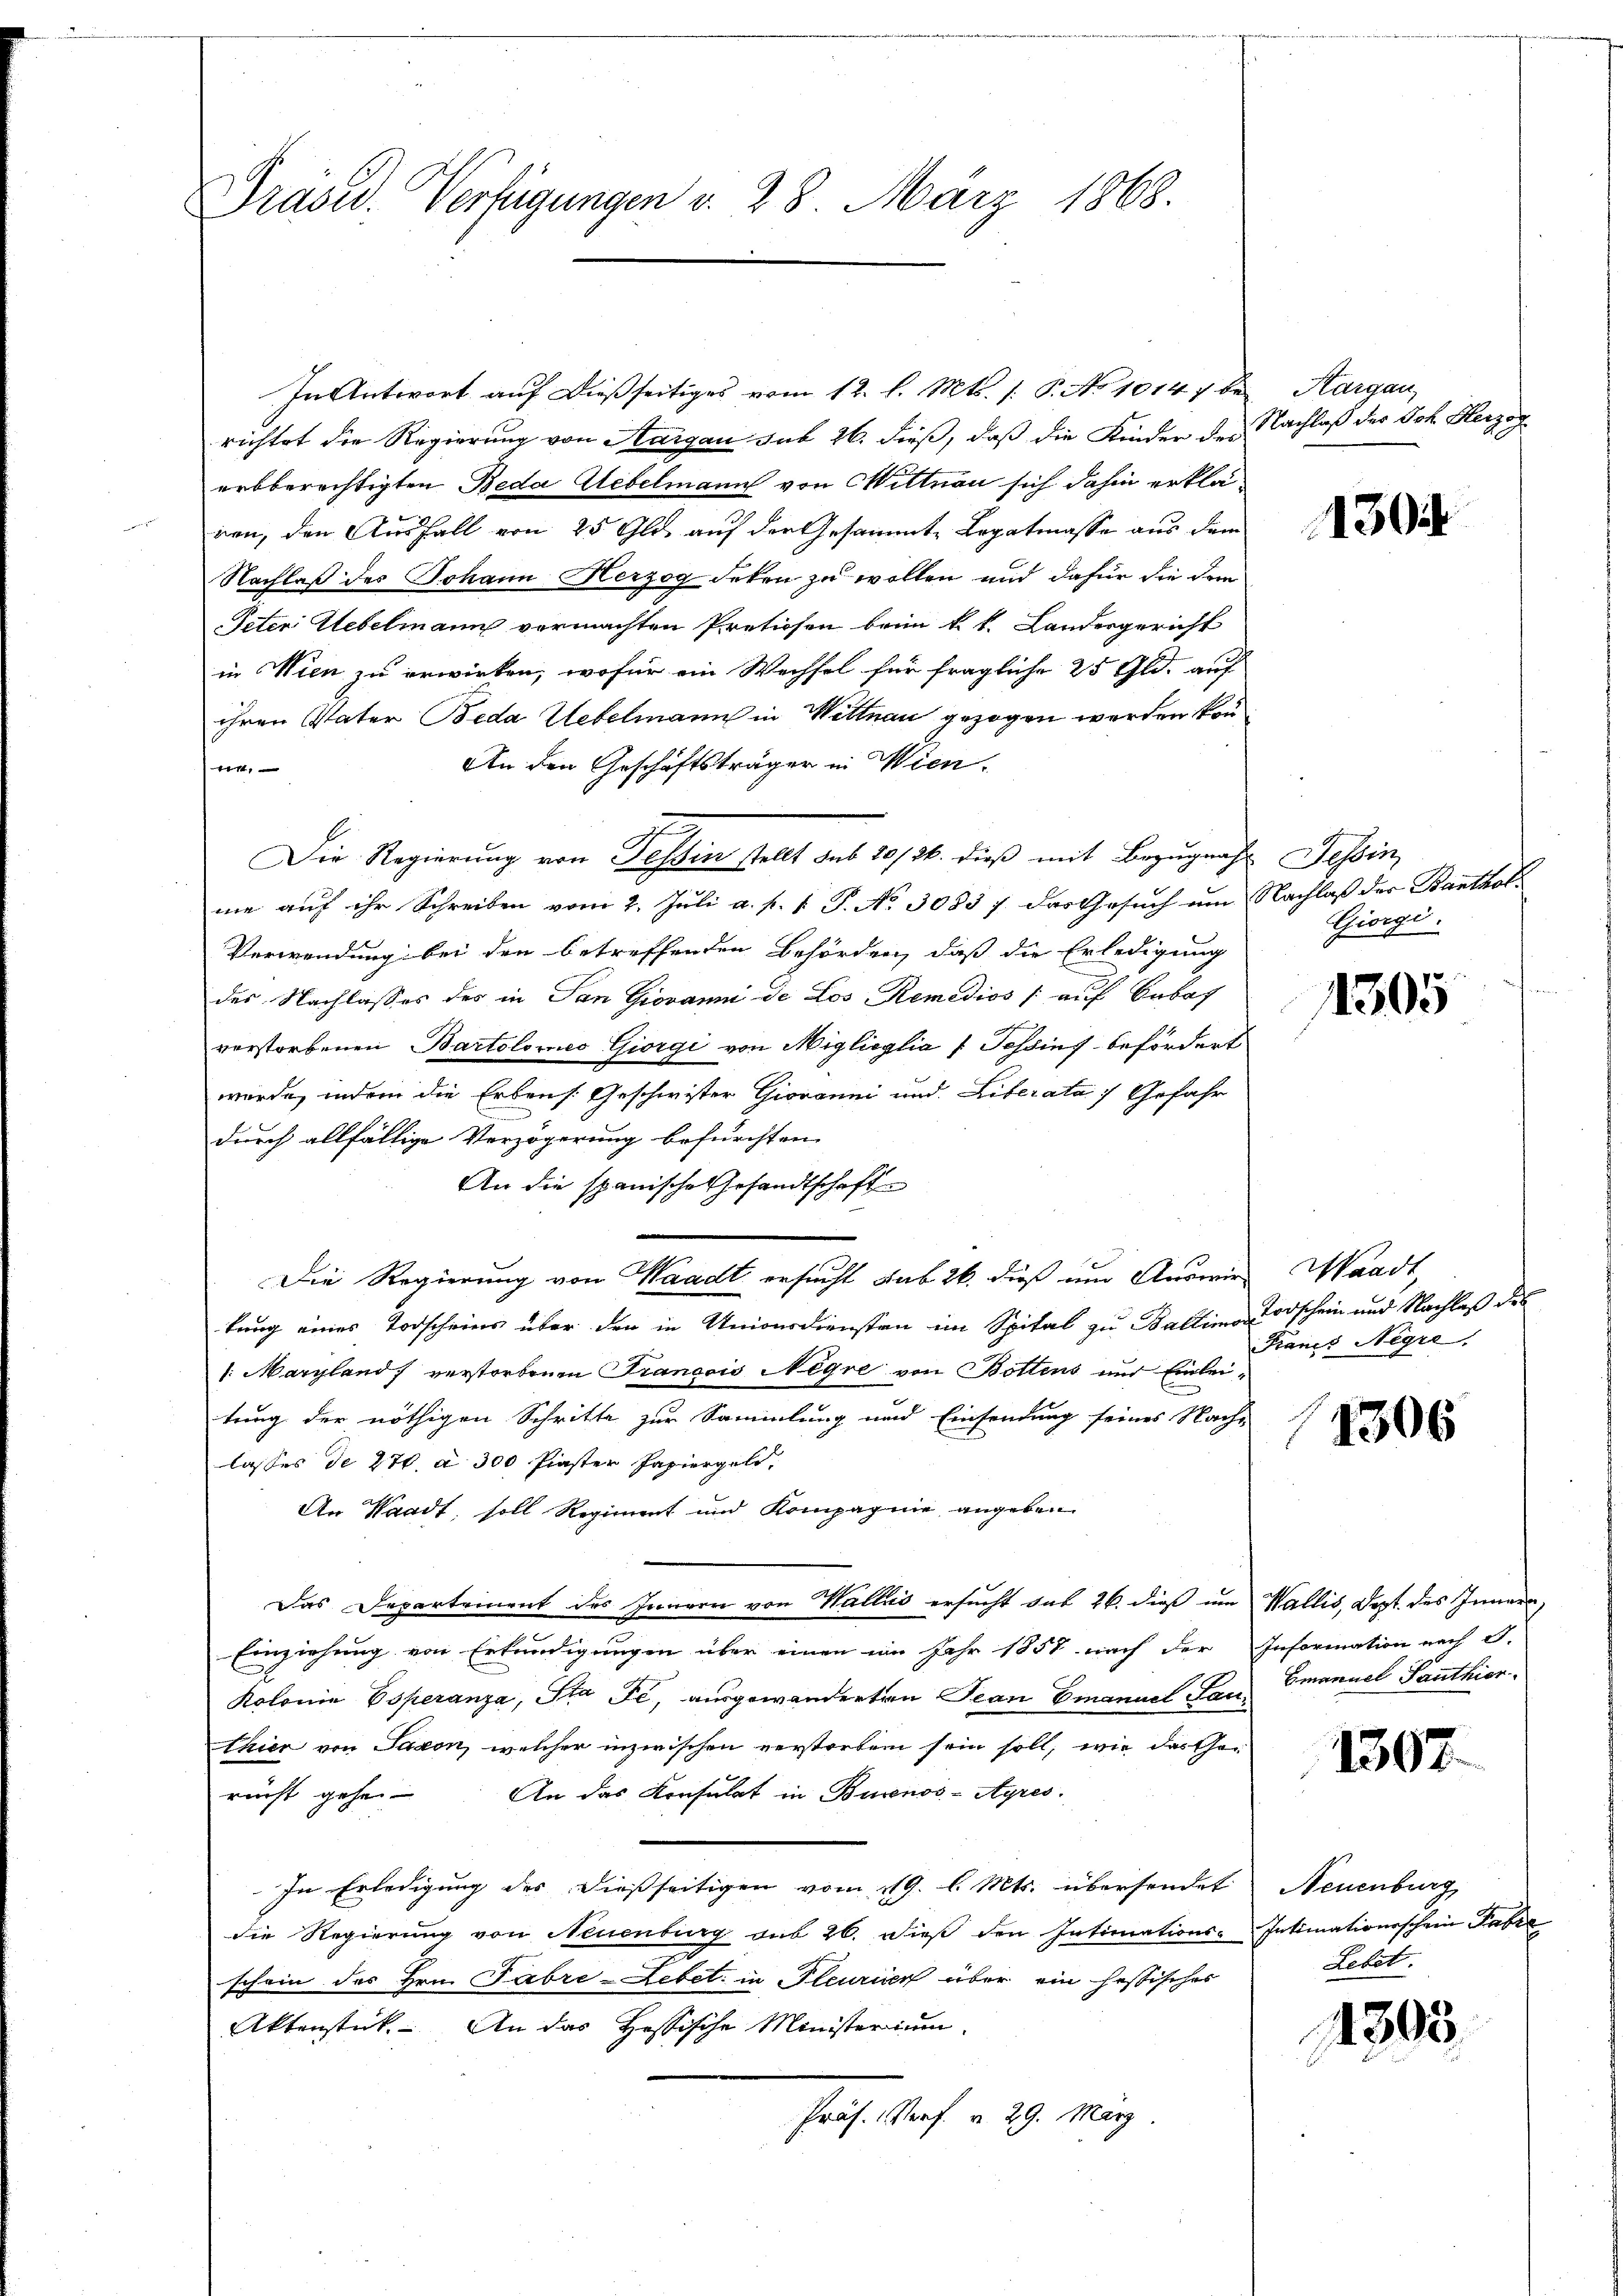
Prasid. Verfügungen d. 28. März 1868.

In Antwort auf dießseitiges vom 12. l. Mts. 1. P. No 10147 bei Aargau,
richtet die Regierung von Aargau sub 26. dieß, daß die Kinder des Nachlaß des Joh. Herzog
arbberechtigten Beda Uebelmann von Mittnau sich dahin erklären, den Ausfall von 25 Gld. auf der Gesammte Legatmasse aus dem
Nachlaß des Johann Herzog erken zu wollen und dafür die der
Peten Uebelmann vermachten Pretiosen beim k. k. Landergericht
in Wien zu erwirken, wofür ein Wechsel für fragliche 25 Gld. auf
ihren Vater Beda Uebelmann in Wittnau gezogen werden kön¬
An den Geschäftsträger in Wien.
en,
Die Regierung von Tessin stellt sub 20/26. dieß mit Bezugnach Tessin,
me auf ihr Schreiben vom 2. Juli a. p. 1. P. No 3083 7. das Gesuch um Nachlaß der Banthal¬
Verwendung bei den betreffenden Behörden, daß die Erledigung
des Nachlasses des in San Giovanni de Los Remedios (auf Sabat
verstorbenen Bartolomnes Giorgi von Miglioglia : Tessins befördert
wurde, indem die Erbens. Geschwister Giovanni und Literata / Gefahr
durch allfällige Verzögerung befürchten.
An die spanische Gesandtschaft
n
Die Regierung von Waadt ersucht sub 26. dieß um Auswie Waadt,
tung eines Todscheins über den in Unionsdiensten im Spital zu Ballima, Todschein und Nachlaß des
1. Margland) verstorbenen Trancois Negre von Bottens und Einleitung der nöthigen Schritte zur Sammlung und Einsendung seines Nach-
lasses de 270. d. 300 Paster Papiergeld,
An Waadt, soll Regiment und Kompagnie angeben
Das Departement des Inneren von Wallis ersucht das 26. dieß um Wallis, dest des Innern,
Einziehung von Erkundigungen über einen im Jahr 1858 nach der Information nach S.
Kolonia Esperanza, Sta Fé, ausgewanderten Jean Emanuel Lan Emanuel Panthier
thier von Saxon, welcher inzwischen verstorben sein soll, wie das Gerecht gehe. An das Konsulat in Buenos-Ayres.
In Erledigung des dießseitigen vom 19. l. Mts. übersendet
die Regierung von Neuenburg sub 26. dieß den Intimations-
schein des Hrn. Fabre-Lebet. in Pleurien über ein hastisches
Aktenstück. An das Hessische Ministerium
Prof. Prof. v. 29. März

130

Giorgi

11305

Francs Negre

E

1306

1307.

Neuenburg
Intimationsschein Tabel
Lebet.

4303.